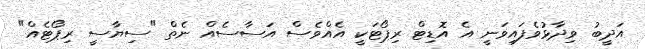
އަދީބު ވިދާޅުވެފައިވަނީ އެ އޮޑިޓް ރިޕޯޓަކީ އެއްވެސް އަސާސެއް ނެތް "ސިޔާސީ ރިޕޯޓެއް"